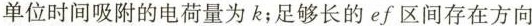
单位时间吸附的电荷量为k；足够长的ef区间存在方向